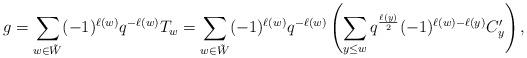
LaTeX: \begin{align*}g=\sum_{w\in\tilde{W}}(-1)^{\ell(w)}q^{-\ell(w)}T_w=\sum_{w\in\tilde{W}}(-1)^{\ell(w)}q^{-\ell(w)}\left(\sum_{y\leq w}q^{\frac{\ell(y)}{2}}(-1)^{\ell(w)-\ell(y)}C'_y\right),\end{align*}